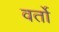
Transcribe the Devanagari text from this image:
वर्तो